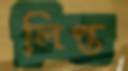
লিপ্ত